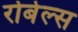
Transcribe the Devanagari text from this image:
रोबेल्‍स